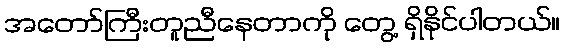
အတော်ကြီးတူညီနေတာကို တွေ့ ရှိနိုင်ပါတယ်။